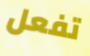
تفعل